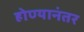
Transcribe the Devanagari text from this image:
होण्यानंतर